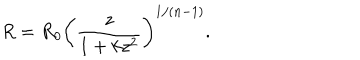
R = R _ { 0 } \left( \frac z { 1 + k z ^ { 2 } } \right) ^ { 1 / ( n - 1 ) } .